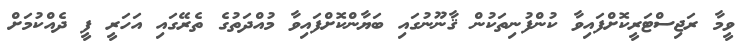
ވީމާ ރަޖިސްޓަރީކޮށްފައިވާ ކުންފުނިތަކުން ޤާނޫނުގައި ބަޔާންކޮށްފައިވާ މުއްދަތުގެ ތެރޭގައި އަހަރީ ފީ ދެއްކުމަށް